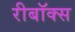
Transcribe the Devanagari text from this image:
रीबॉक्स